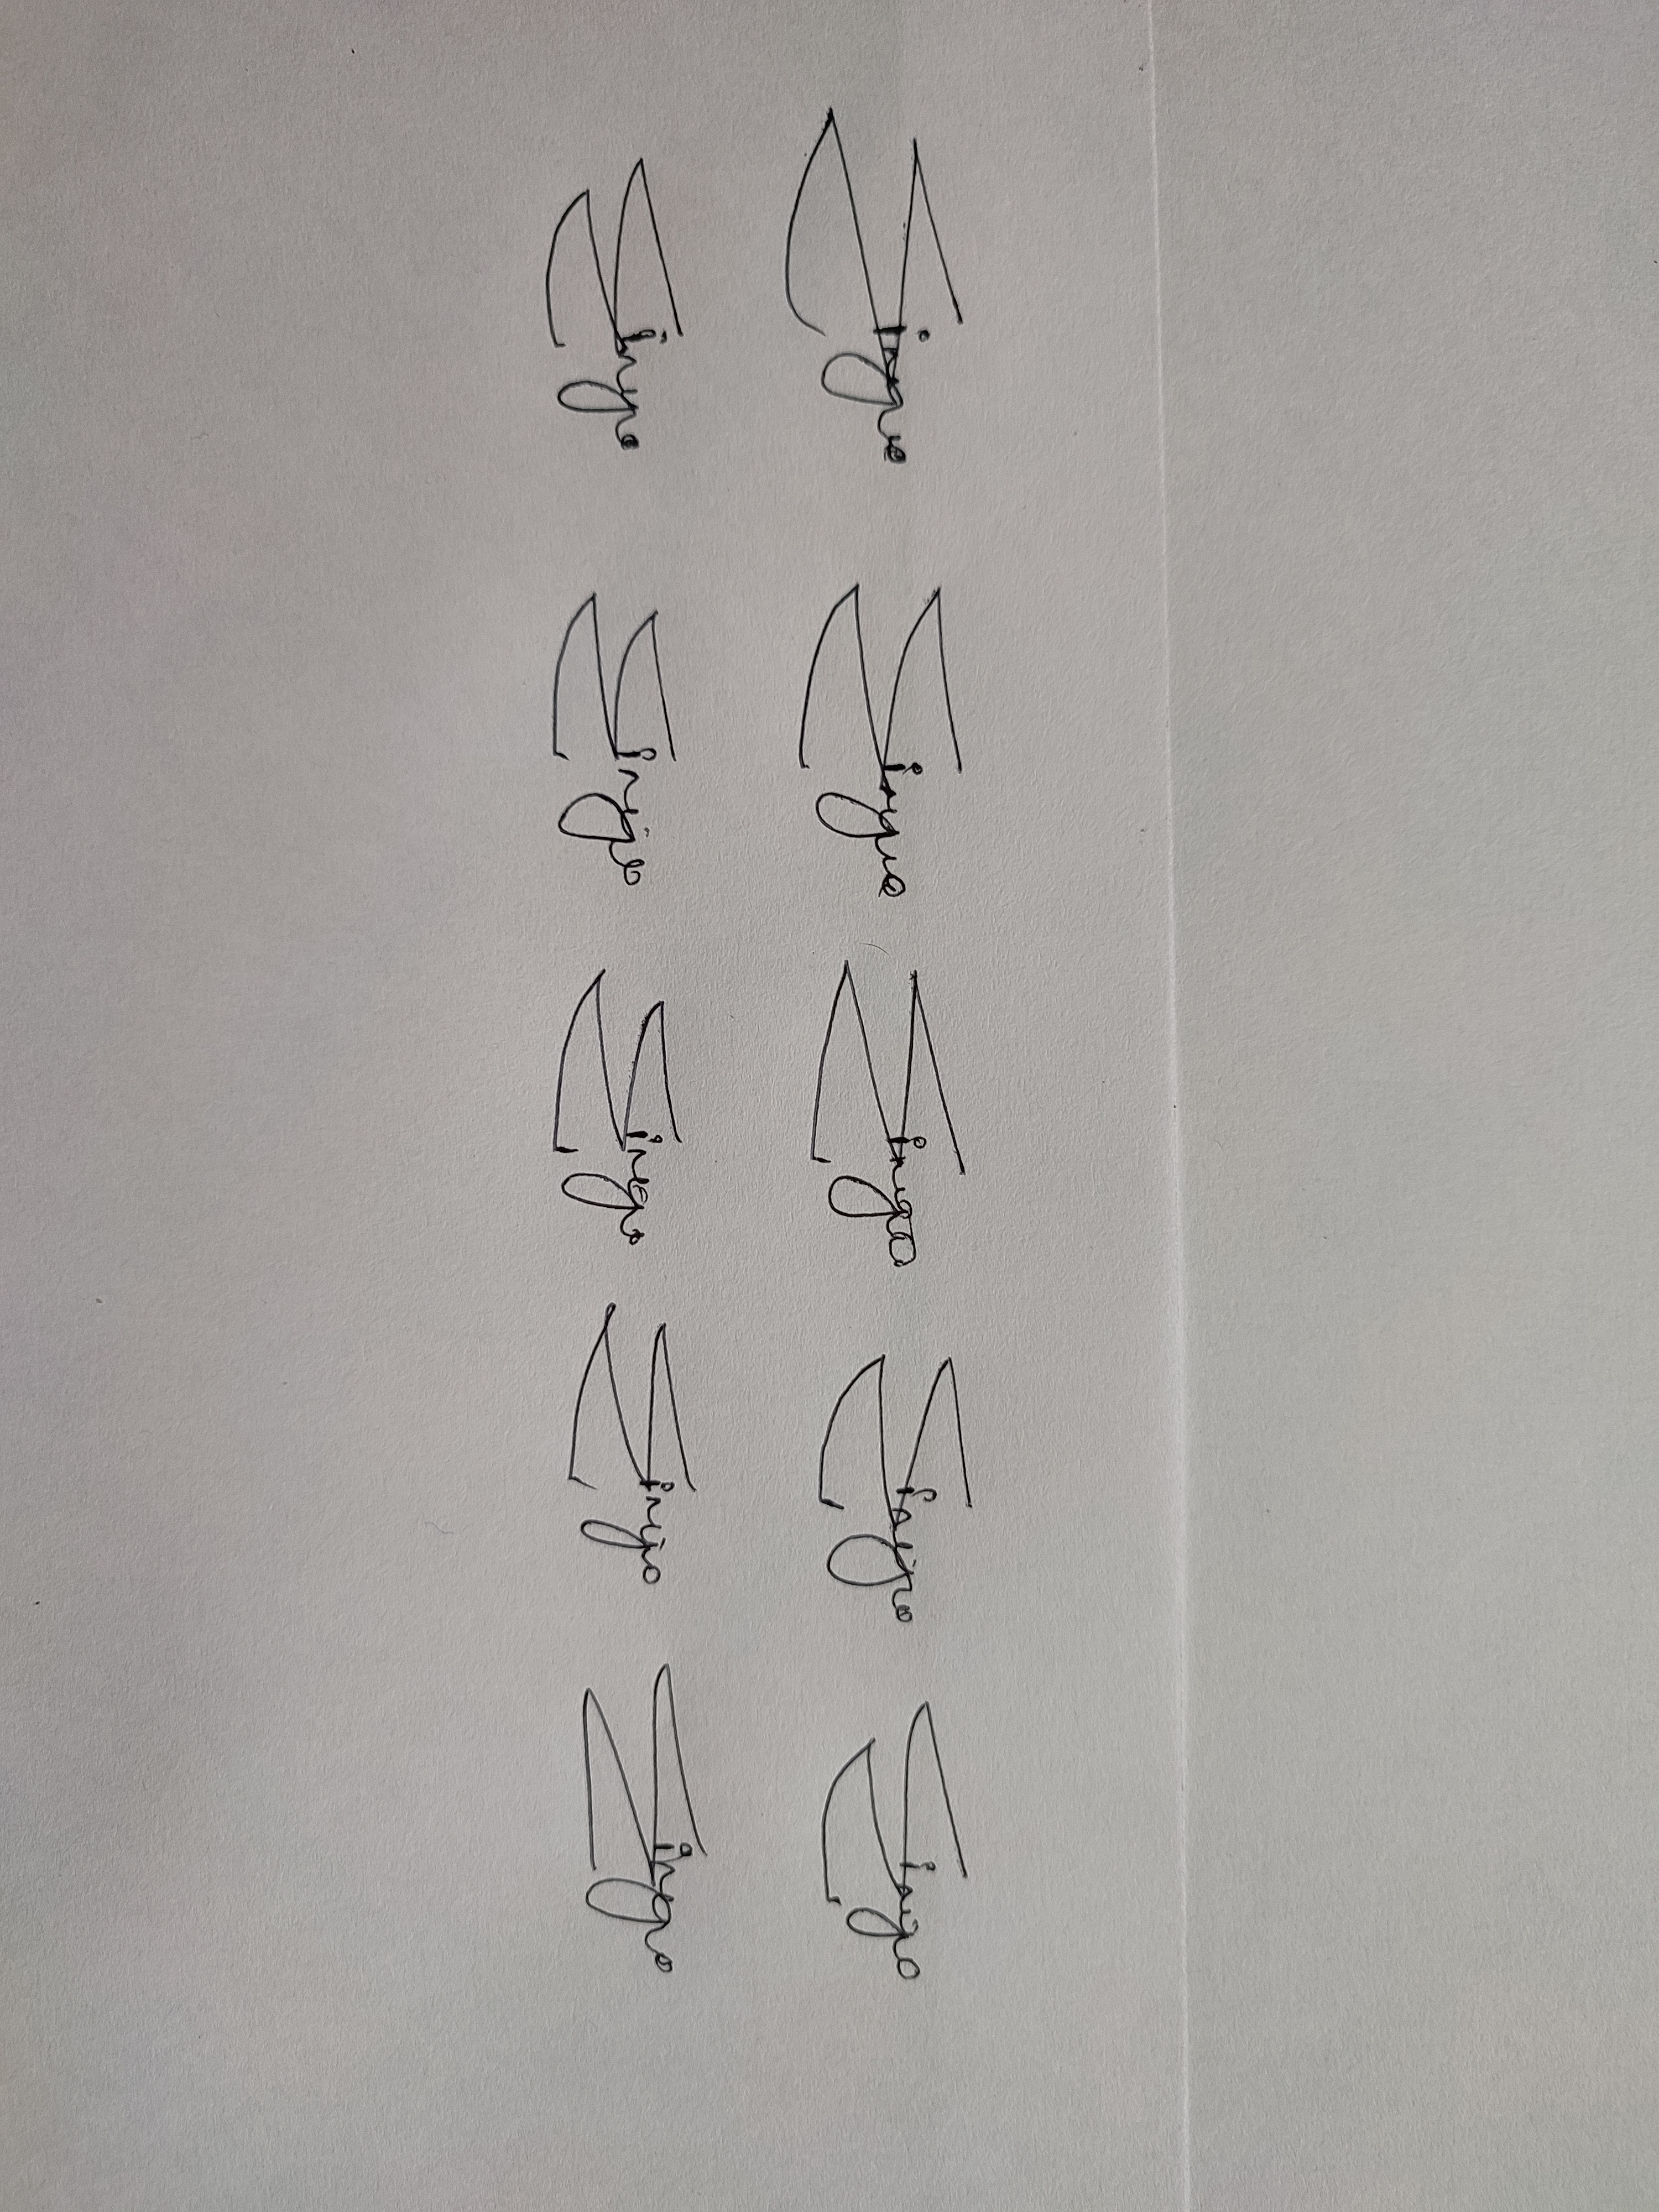
Signature authenticity: genuine